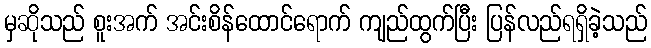
မှဆိုသည် စူးအက် အင်းစိန်ထောင်ရောက် ကျည်ထွက်ပြီး ပြန်လည်ရရှိခဲ့သည်